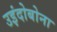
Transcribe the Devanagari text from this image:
उइंदोबोना